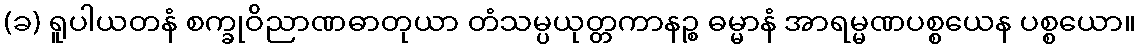
(ခ) ရူပါယတနံ စက္ခုဝိညာဏဓာတုယာ တံသမ္ပယုတ္တကာနဉ္စ ဓမ္မာနံ အာရမ္မဏပစ္စယေန ပစ္စယော။